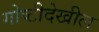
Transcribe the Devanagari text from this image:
गोष्टीदेखील